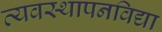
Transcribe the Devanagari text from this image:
व्यवस्थापनविद्या